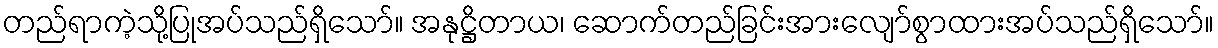
တည်ရာကဲ့သို့ပြုအပ်သည်ရှိသော်။ အနုဋ္ဌိတာယ၊ ဆောက်တည်ခြင်းအားလျော်စွာထားအပ်သည်ရှိသော်။